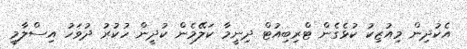
އެކުދިން މިއުޒިކު ކުޅެގެން ޓްރިބިއުޓް ދިނީމާ ކަލޭމެން ކުދީން ހުކުރު ދުވަހު އިސްލާމީ